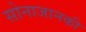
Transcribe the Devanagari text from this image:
सोनाजानकी